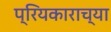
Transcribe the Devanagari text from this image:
प्रियकाराच्या